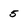
Character: 5